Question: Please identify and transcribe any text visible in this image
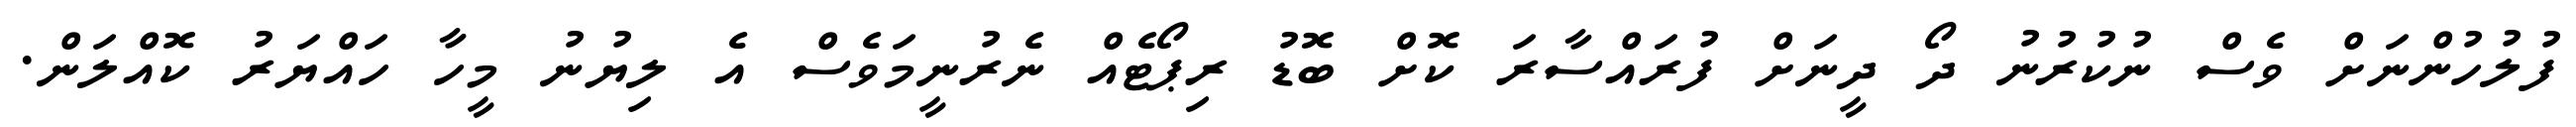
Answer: ފުލުހުންނަށް ވެސް ނުކުރުނު ދޯ ދީނަށް ފުރައްސާރަ ކޮށް ބޮޑު ރިޕޯޓެއް ނެރުނީމަވެސް އެ ލިޔުނު މީހާ ހައްޔަރު ކޮއްލަން.